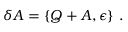
\delta A = \{ Q + A , \epsilon \} ~ .